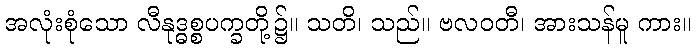
အလုံးစုံသော လီနုဒ္ဓစ္စပက္ခတို့၌။ သတိ၊ သည်။ ဗလဝတီ၊ အားသန်မူ ကား။